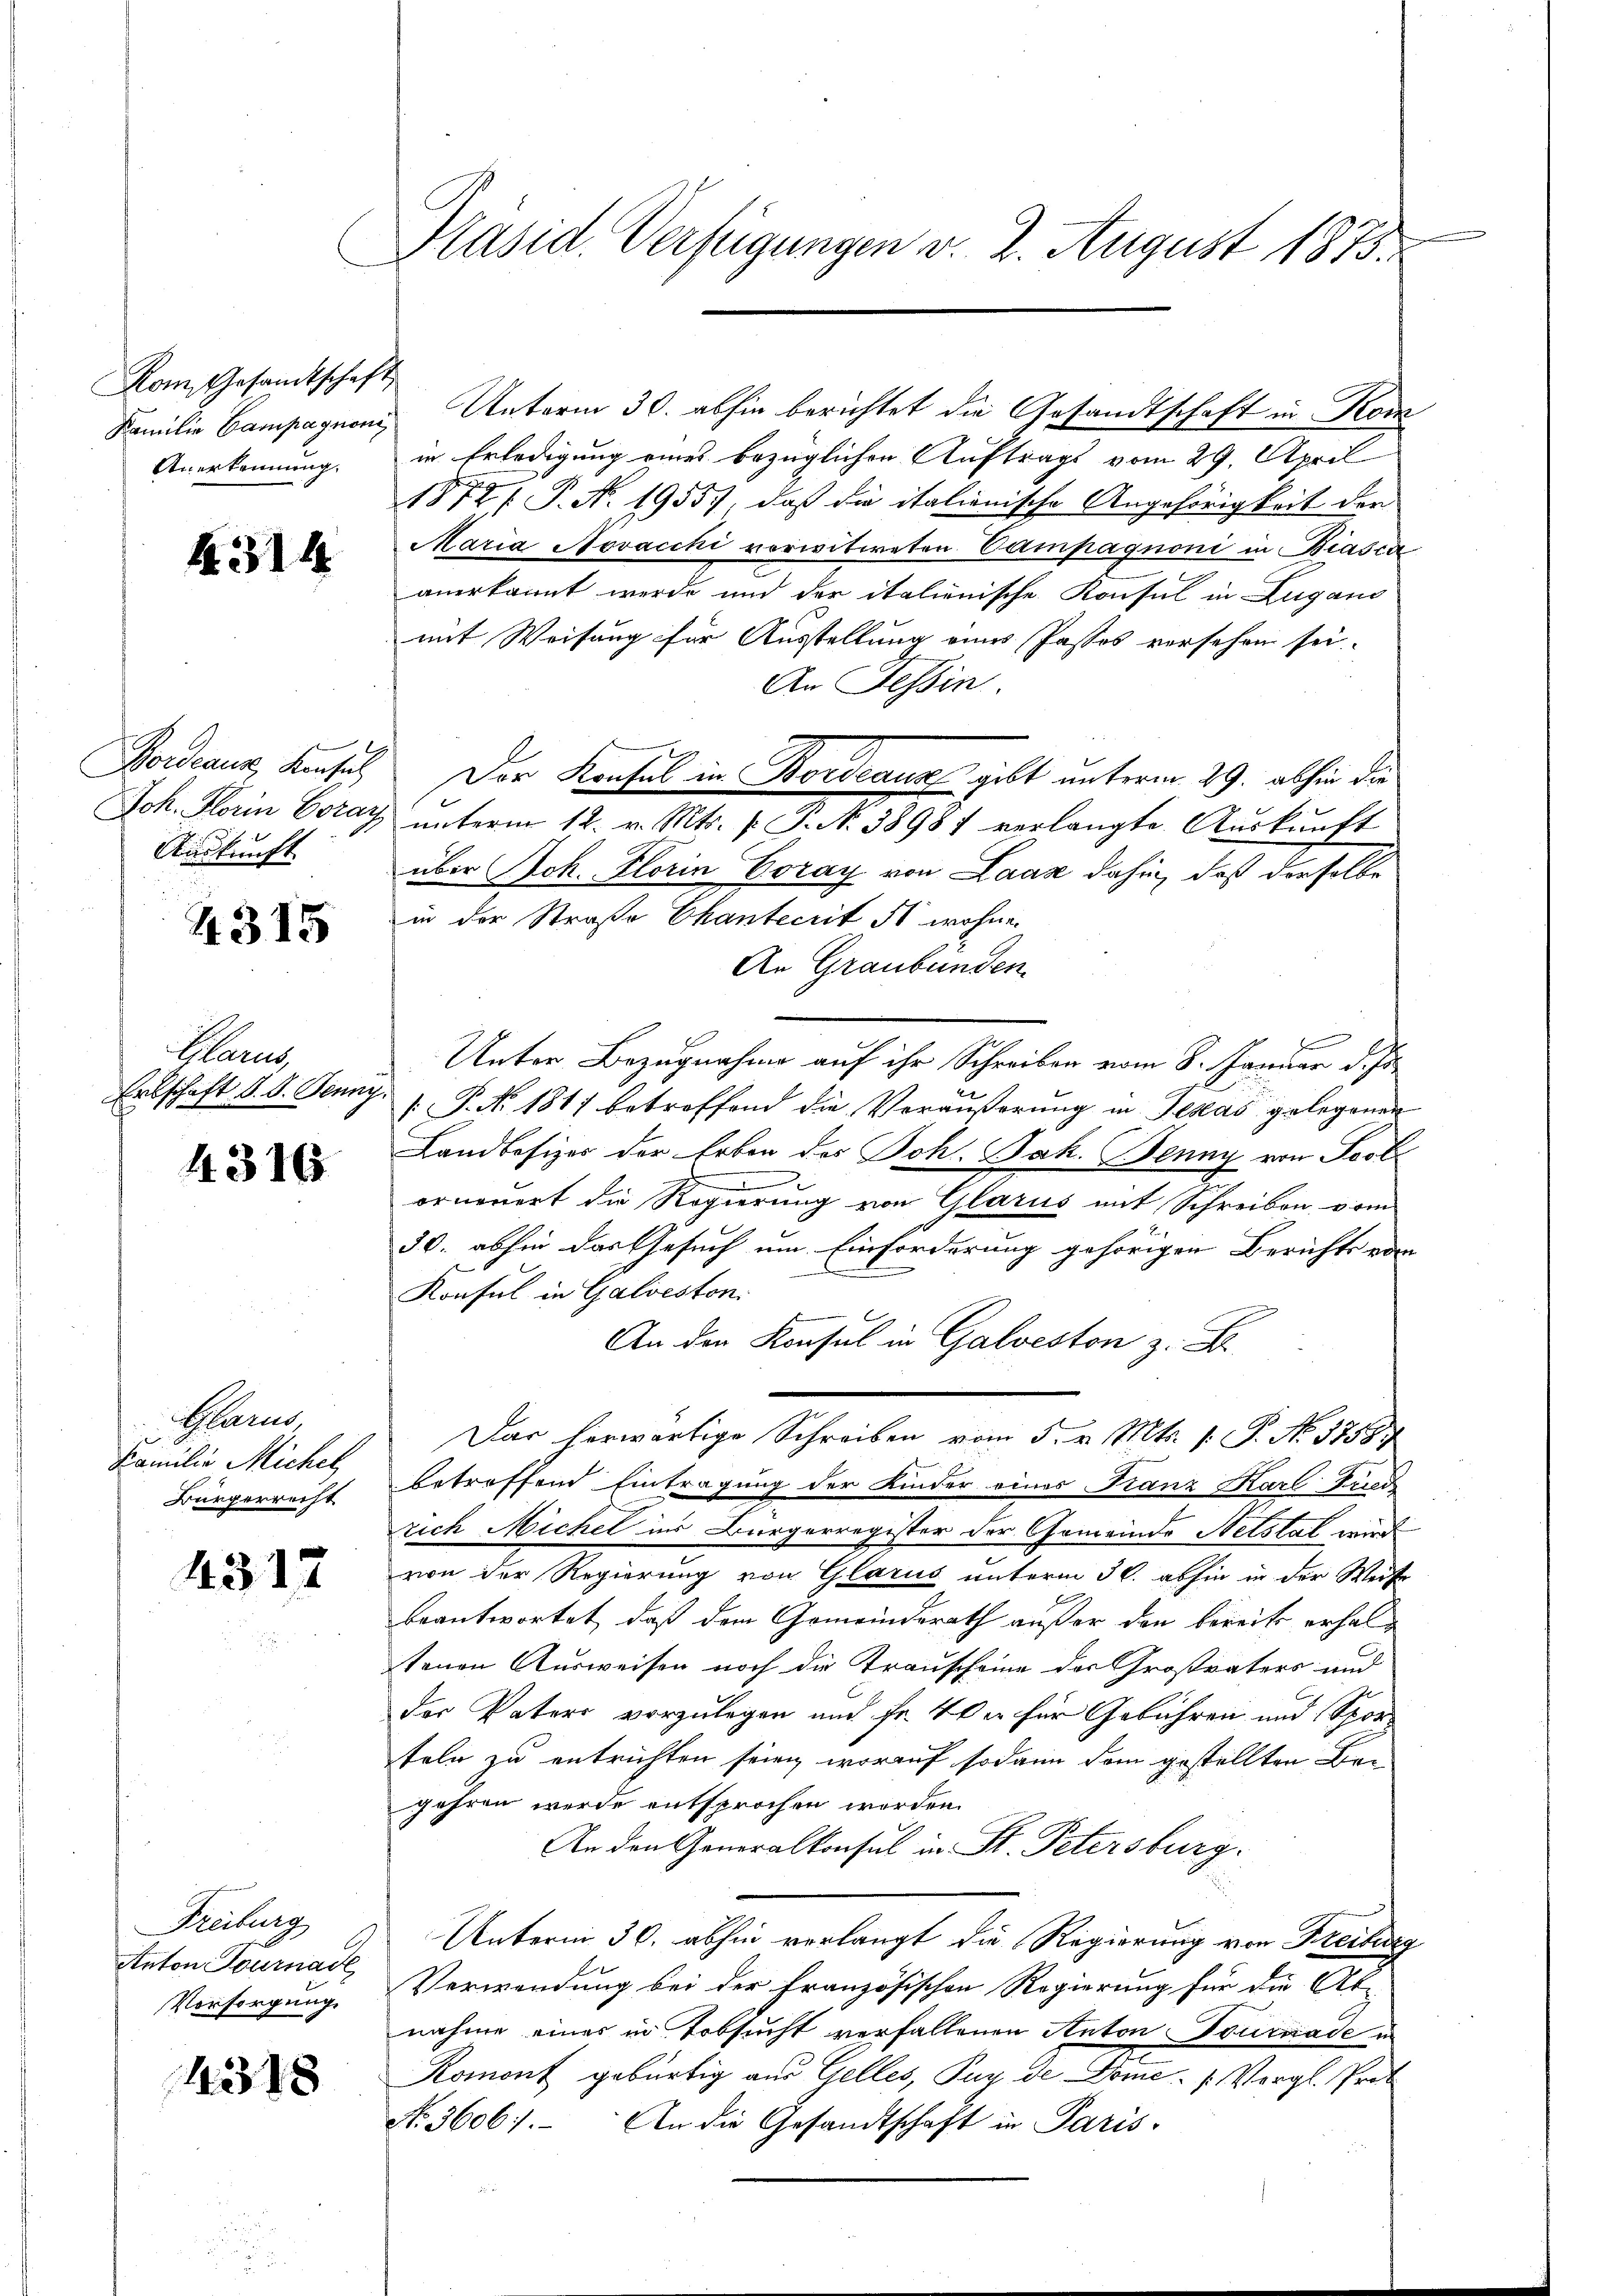
Kom, Gesandtschaft
Anerkennung.

k.314

Fordeaus Konsul
Joh. Florin Corar
Auskunft

4315

Cilarus,
Erbschaft d. d. Jenny.

4316

Brand
Familie Michel,
Bürgerrecht

4317

Freiburg
Anton Tournade
Vorsorgung

4318

Präsid. Verfügungen v. 2. August 1875.

Familie Campagnen Unterm 30. abhin berichtet die Gesandtschaft in Kom
in Erledigung eines bezüglichen Auftrags vom 29. April
187 P. N. 1955), daß die italionische Angehörigkeit der
Maria Novaccki vorwitweten Campagnoni in Biasca
anerkannt werde und der italienische Konsul in Lugano
mit Weisung für Ausstellung eines Pastos versehen sei.
An Tessin.
ŭnterm 12. v. Mts. f. P. N. 38981 verlangte Aŭskŭnft
über Joh. Florin Coray von Laas dahin, daß derselbe
in der Straße Chantecrit 51 wohne
An Graubünden.
Unter Bezugnahme auf ihr Schreiben vom 8. Januar d. Js.
P. No. 1817 betroffend die Veräußerung in Texas gelegenen
Landbesizes der Erben des Joh. Jak. Benny von Post
E
orneuert die Regierung von Glarus mit Schreiben vom
50. abhin das Gesuch um Einforderung gehörigen Berichts vom
Konsul in Galveston.
An den Konsul in Galveston z. B.
Das herwärtige Schreiben vom 5. v. Mts. 1. P. No. 17587
betreffend Eintragung der Kinder eines Franz Karl Friede
rich Michel ins Bürgerregister der Gemeinde Netstal wird
von der Regierung von Glarus unterm 30. abhin in der Weite
beantwortet, daß dem Gemeindsrath außer den bereits erhaltenen Ausweisen noch die Krauscheine der Großvaters und
der Vaters vorzulegen und Fr. 400 für Gebühren und Spor-
teln zu entrichten seien, worauf sodann dem gestellten Begehren wurde entsprochen werden.
An den Generalkonsul in St. Petersburg.
Unterm 30. abhin verlangt die Regierung von Freiburg
Verwendung bei der Französischen Regierung für die Ab-
nahme eines in Tobsucht verfallenen Anton Tournade in
Romont gebürtig aus Gelles, Puy de Dome.   Vergl. Prof
No. 3606). An die Gesandtschaft in Paris-

n

Der Konsul in Bordeaus gibt unterm 29. abhin die